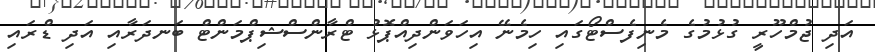
އަދި ޖުމްހޫރީ ގުޅުުމުގެ މެނިފެސްޓޯގައި ހިމެނޭ އިހަވަންދިއްޕޮޅު ޓްރާންސްޝިޕްމަންޓް ބަނދަރާއި އަދި ޑްރައި